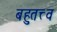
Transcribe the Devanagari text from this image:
बहुतत्त्व